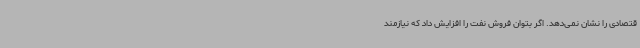
قتصادی را نشان‌ نمی‌دهد. اگر بتوان فروش نفت را افزایش داد که نیازمند